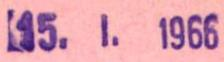
15.I.1966